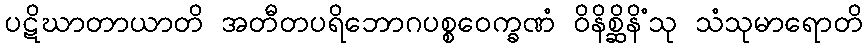
ပဋိဃာတာယာတိ အတီတပရိဘောဂပစ္စဝေက္ခဏံ ဝိနိစ္ဆိနိံသု သံသုမာရောတိ